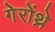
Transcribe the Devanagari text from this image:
गेरोंथ्रे